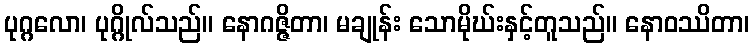
ပုဂ္ဂလော၊ ပုဂ္ဂိုလ်သည်။ နောဂဇ္ဇိတာ၊ မချုန်း သောမိုဃ်းနှင့်တူသည်။ နောဝဿိတာ၊